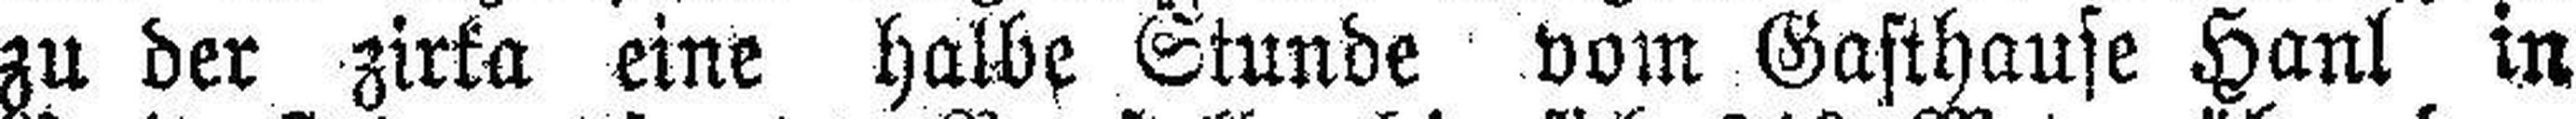
zu der zirka eine halbe Stunde vom Gasthause Hanl in